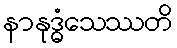
နာနုဒ္ဓံသေဿတိ